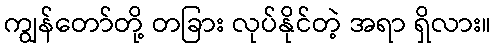
ကျွန်တော်တို့ တခြား လုပ်နိုင်တဲ့ အရာ ရှိလား။